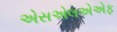
એસએલએએફ